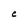
Character: C